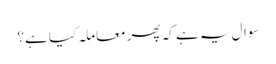
سوال یہ ہے کہ پھر معاملہ کیا ہے؟